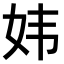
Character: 𫰍